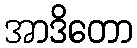
အာဒိတော